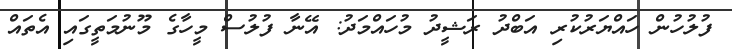
ފުލުހުން ހައްޔަރުކުރި އަބްދު ރަޝީދު މުހައްމަދު: އޭނާ ފުލުސް މީހާގެ މޫނުމަތީގައި އެތައް